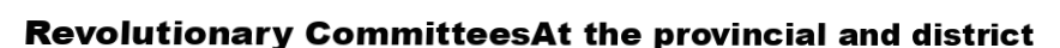
Revolutionary CommitteesAt the provincial and district